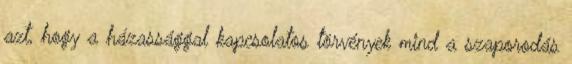
azt, hogy a házassággal kapcsolatos törvények mind a szaporodás